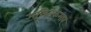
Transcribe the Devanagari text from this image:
असितकुमार